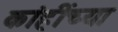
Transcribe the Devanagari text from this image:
कांहींच्या